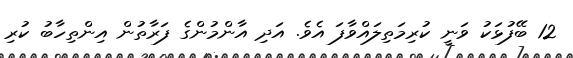
12 ބޭފުޅަކު ވަނީ ކުރިމަތިލައްވާފަ އެވެ. އަދި އާންމުންގެ ފަރާތުން އިންތިހާބު ކުރި